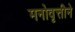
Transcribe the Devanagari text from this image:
मनोवृत्तीने